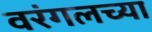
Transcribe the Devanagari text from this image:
वरंगलच्या